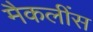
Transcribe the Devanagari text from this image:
मैकलींस